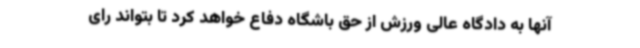
آنها به دادگاه عالی ورزش از حق باشگاه دفاع خواهد کرد تا بتواند رای